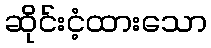
ဆိုင်းငံ့ထားသော